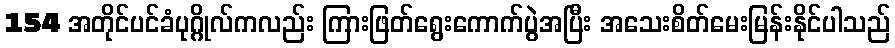
154 အတိုင်ပင်ခံပုဂ္ဂိုလ်ကလည်း ကြားဖြတ်ရွေးကောက်ပွဲအပြီး အသေးစိတ်မေးမြန်းနိုင်ပါသည်